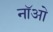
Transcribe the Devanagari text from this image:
नॉओ